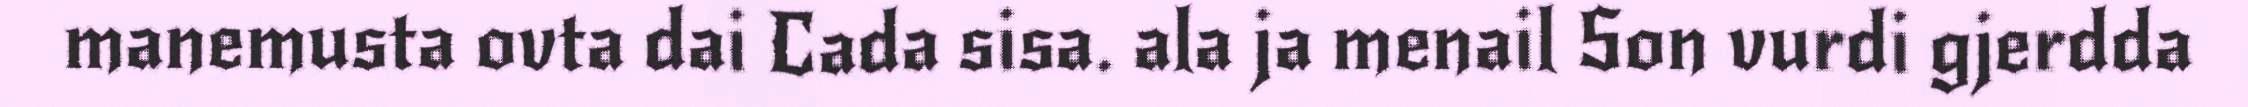
manemusta ovta dai Cada sisa. ala ja menail Son vurdi gjerdda